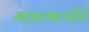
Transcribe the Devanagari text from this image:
महात्माजींचे